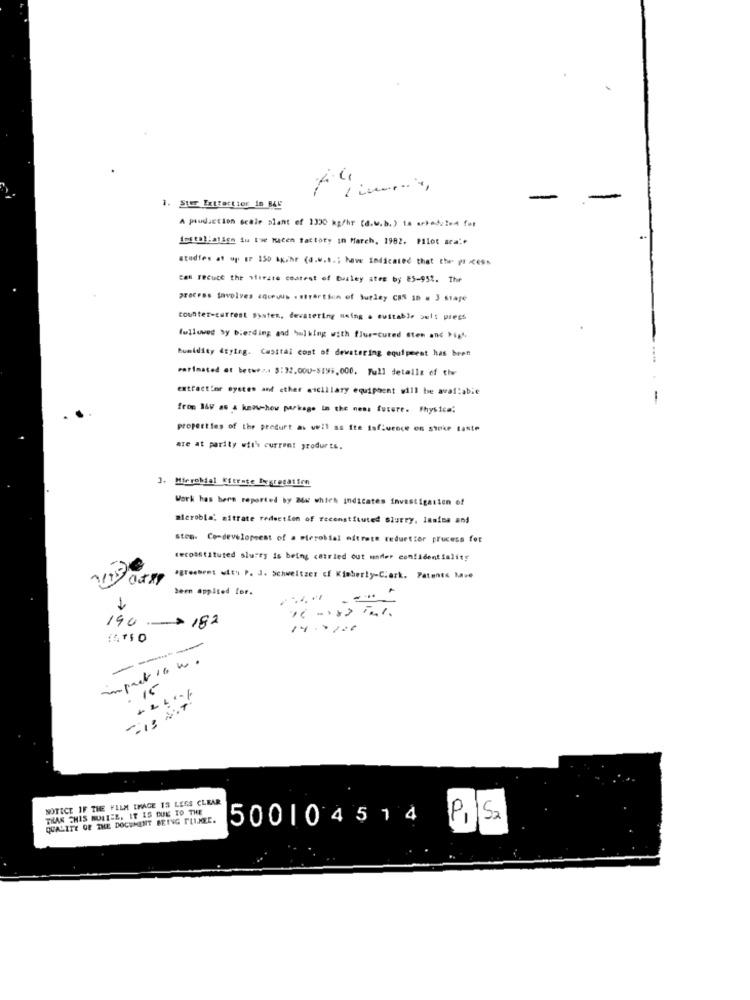
-
-
1. Ster Extraction in B4E
A production scale plant of 1330 kg/hr [d.w.b.) ta arkaduled for
installation is I'm Watch factory in March, 1982. Pilot ara:+
studies at op EP 150 kgihr (d.w.h .; have indicated that the- pr Cesn
Cal Fecuce the Misrate contest of Bualey stre by 85-952. The
process tavolves aqueous .strartiun of burley CB 1n = 3 staje
counter-current system, dewatering moins a cuitable ouls press
followed by bierding and Sulking with flur-cured Sten and High,
humidity 4Eying. Casitai cost of dewatering equipment has been
watimated at betwez .. $:32.000-$195,000. Full details of the
extractior eyetes and ether ancillary equipment will be available
-
from 169 as & know-how package in the ness future. Physica:
properties of the preduft as well as Ite Influence on stoke taste
are at parity with current produrts.
3. Microbial Ktermte Aggregation
Work has bern reported by Mu which indicates investigation of
microbla, aitrate reduction of reconstituted Slurry, lamina and
. Comdevelopment of a microbial mitrete tedurttor process for
reconstituted sluff is being catried out under confidentiality
agreement with P. J. Schweitzer cf Kimberly-Clark. Patents Mave
been applied for.
190 - 182
14750
-----
15
-13 47
NOTICE IF THE FILM TRAGE 15 LEGS CLEAR
THAN THIS MULLEE, IT IS DUE TO THE
QUALITY OF THE DOCUMENT BEING FULMEE.
500104514 P.S.